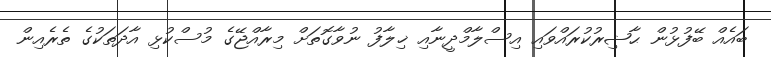
ބައެއް ބޭފުޅުން ޙާޟިރުކުރައްވައި އިސްލާމްދީނާއި ޚިލާފު ނުވާގޮތަށް މިރާއްޖޭގެ މުސްކުޅި އާދަތަކުގެ ތެރެއިން